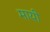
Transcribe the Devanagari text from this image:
मायी